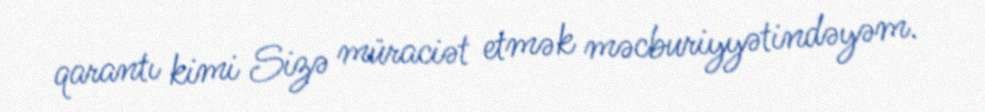
qarantı kimi Sizə müraciət etmək məcburiyyətindəyəm.